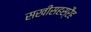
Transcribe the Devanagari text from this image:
सखीसहस्रैह